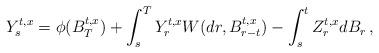
LaTeX: \begin{align*}Y_s^{t,x}= \phi(B_T^{t,x})+\int_s^TY_r^{t,x} W(dr, B_{r-t}^{t,x}) -\int_s^tZ^{t,x}_r dB_r\,,\end{align*}